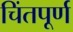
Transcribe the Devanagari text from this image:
चिंतपूर्ण